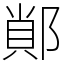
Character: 䣔